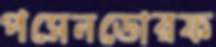
পসেনডোরফ